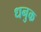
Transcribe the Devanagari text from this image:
धनुक